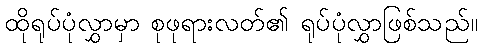
ထိုရုပ်ပုံလွှာမှာ စုဖုရားလတ်၏ ရုပ်ပုံလွှာဖြစ်သည်။